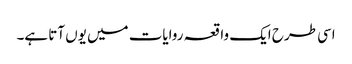
اسی طرح ایک واقعہ روایات میں یوں آتا ہے۔